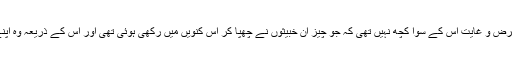
(جادو کیا گیا ہے) اور خواب کی اصل غرض و غایت اس کے سوا کچھ نہیں تھی کہ جو چیز ان خبیثوں نے چھپا کر اس کنویں میں رکھی ہوئی تھی اور اس کے ذریعہ وہ اپنے ہم مشرب لوگوں کو دھوکا دیتے تھے۔